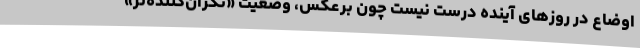
اوضاع در روزهای آینده درست نیست چون برعکس، وضعیت «نگران‌کننده‌تر»